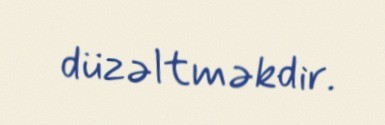
düzəltməkdir.